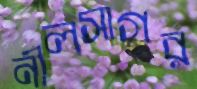
নীলসাগর